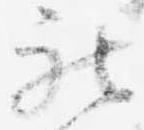
被